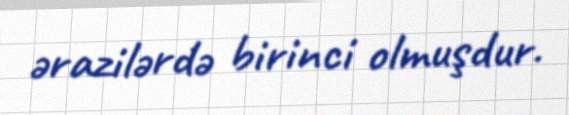
ərazilərdə birinci olmuşdur.